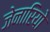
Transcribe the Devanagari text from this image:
जेनारियो